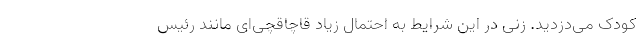
کودک می‌دزدید. زنی در این شرایط به احتمال زیاد قاچاقچی‌ای مانند رئیس